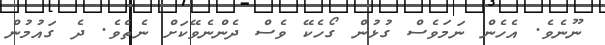
ނޫނެވެ. އެހެން ނަމަވެސް ގުޅުން ގޯހެކޭ ވެސް ދެންނެވޭކަށް ނެތެވެ. ދެ ގައުމުން